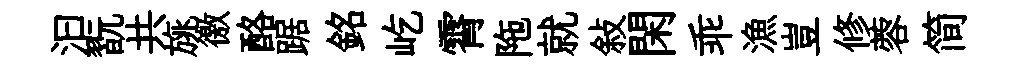
汩翫共旐徼酪踞銘屹霄陁就敍閑乖漁豈修蓉简